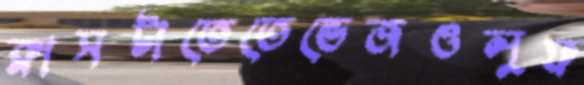
ক্লাসটাতেতেভেজওলুফ